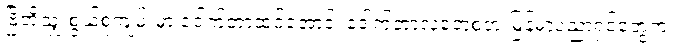
ဗြိတိသျှ စွယ်စုံကျမ်းမှာ ဒေါက်တာထင်အောင်၊ ဒေါက်တာလှဘေစတဲ့ မြန်မာပညာရှင်တွေက